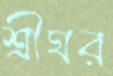
শ্রীঘর